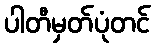
ပါတီမှတ်ပုံတင်